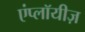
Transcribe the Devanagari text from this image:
एंप्लॉयीज़